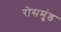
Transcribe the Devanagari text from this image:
रोसमुंड